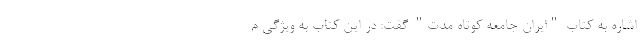
اشاره به کتاب "ایران جامعه کوتاه مدت" گفت: در این کتاب به ویژگی م